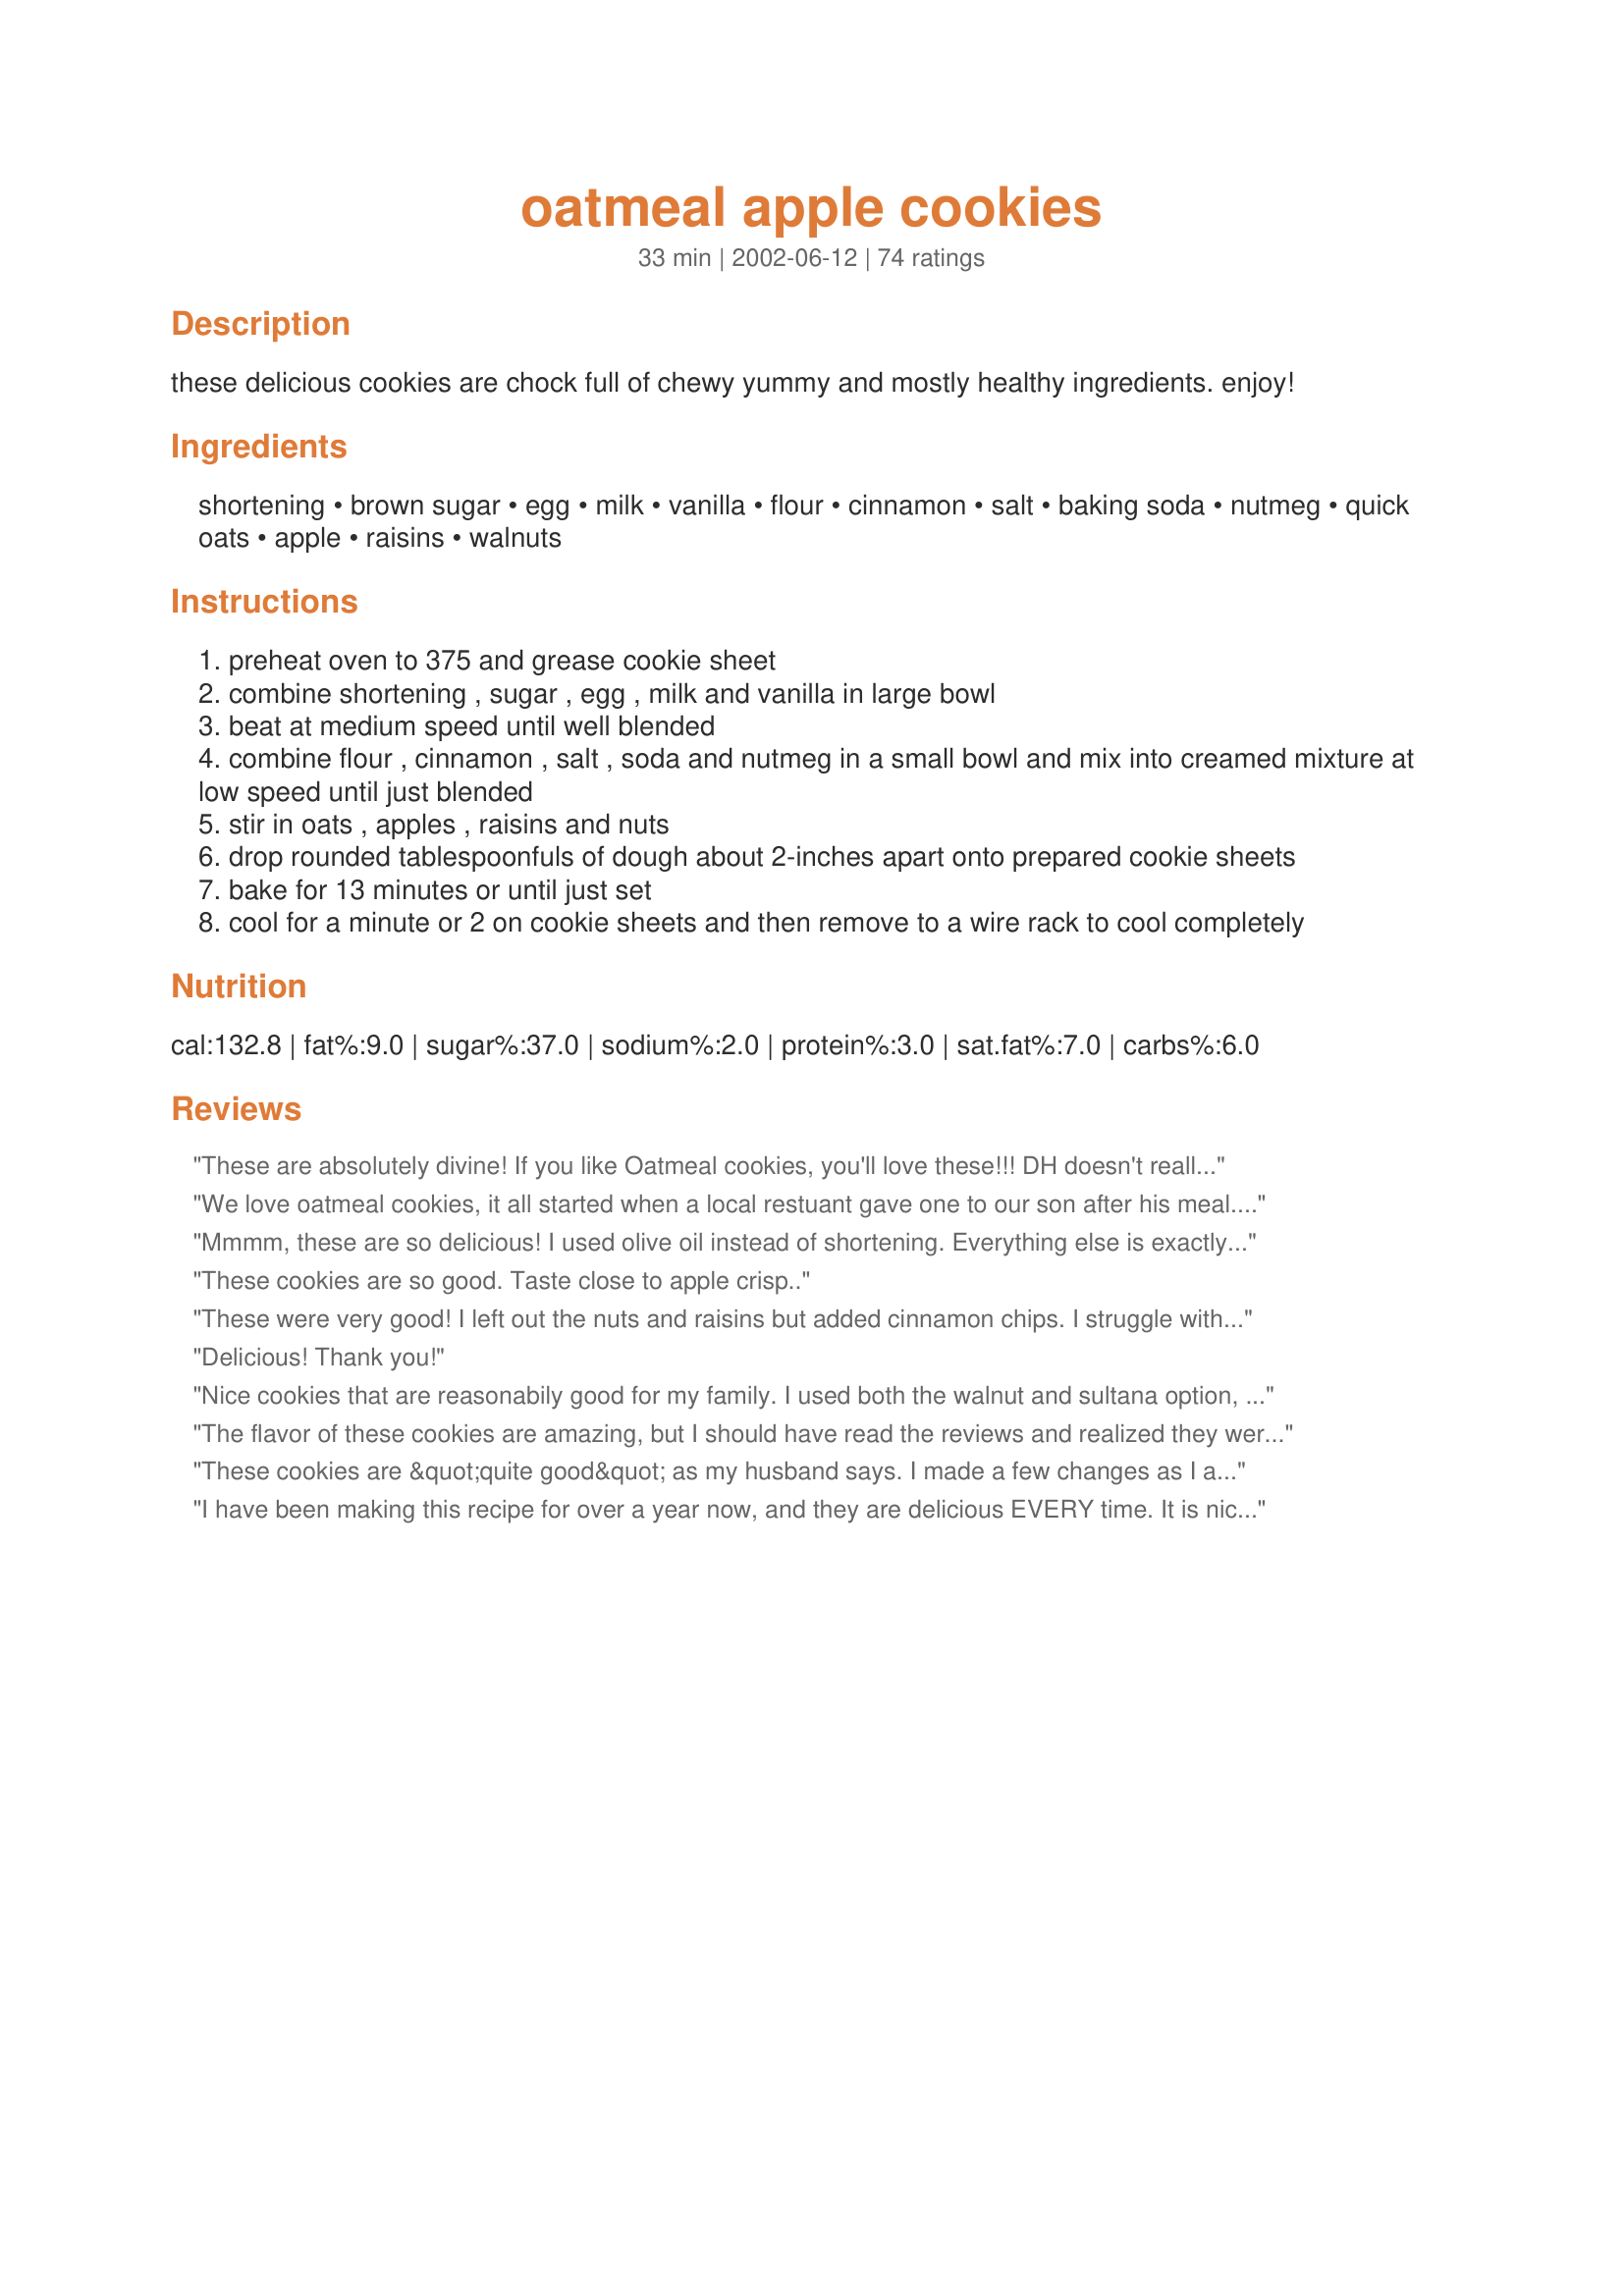
oatmeal apple cookies
Preparation time: 33 minutes

these delicious cookies are chock full of chewy yummy and mostly healthy ingredients. enjoy!

Ingredients:
shortening, brown sugar, egg, milk, vanilla, flour, cinnamon, salt, baking soda, nutmeg, quick oats, apple, raisins, walnuts

Steps:
preheat oven to 375 and grease cookie sheet
combine shortening , sugar , egg , milk and vanilla in large bowl
beat at medium speed until well blended
combine flour , cinnamon , salt , soda and nutmeg in a small bowl and mix into creamed mixture at low speed until just blended
stir in oats , apples , raisins and nuts
drop rounded tablespoonfuls of dough about 2-inches apart onto prepared cookie sheets
bake for 13 minutes or until just set
cool for a minute or 2 on cookie sheets and then remove to a wire rack to cool completely

Reviews:
These are absolutely divine! If you like Oatmeal cookies, you'll love these!!! DH doesn't really care for cooked raisins, so I left them out, but I think as well as he liked these, I'll give a few raisins a go too next time. I couldn't believe how fast these went. Within minutes after the first batch came out of the oven they were gone. They turned out soft and chewy. I used Granny Smith apples, my favorite for baking and the cookies weren't too sweet, nor the apples too tart. I thought everyone would have had their fill and I'd have some for DH's lunch tomorrow. NOT!!! Thanks for sharing a really great and healthy recipe Karen!
We love oatmeal cookies, it all started when a local restuant gave one to our son after his meal......well that started it"Mommie i want more bear cookies" after paying $$$$ too much a dozen for theirs I said what the heck i can make them. I used the recipe on the oat box, they did not taste the same!!! I made changes more of this less of that yet nothing worked. Then I tried this OOOOOOOOOOO yummmy yummy! Now i hear mommy's are better than those ol' bear cookies at the restuant YEAH!!!!! Thanks for sharing this recipe
Mmmm, these are so delicious!
I used olive oil instead of shortening. Everything else is exactly as the recipe calls for. I made them for my boyfriend's family as a thank you. I don't want to give them away! Thanks, Karen. :)
These cookies are so good. Taste close to apple crisp..
These were very good! I left out the nuts and raisins but added cinnamon chips. I struggle with baking soft cookies, mine are always hard - not these, very soft!
Delicious! Thank you!
Nice cookies that are reasonabily good for my family. I used both the walnut and sultana option, butter instead of shortening. Made over 50 cookies for me. Love the addition of the grated apple.
The flavor of these cookies are amazing, but I should have read the reviews and realized they wer more cakelike. My family liked them and they will be eaten (haha) but we prefer more of a crunchy cookie. it was a easy recipe however. thanks
These cookies are &quot;quite good&quot; as my husband says. I made a few changes as I am always tweaking recipes to make them more heart healthy. I added flaxseed, reduced the brown sugar by 1/4 cup, used homemade applesauce for 1/4 cup of the shortening and 1/4 cup of whole wheat flour. These cookies are so good I think we&#039;ll have them for breakfast!
I have been making this recipe for over a year now, and they are delicious EVERY time. It is nice to have a healthier cookie to serve my family. We love them! I did change a few things to make them even healthier and it did not affect the outcome. I use 1/2 cup butter, 1 cup brown sugar, and 1/2 flour and 1/2 cup wheat flour--these are also great even without the apples. Thank you for a wonderful recipe!
These cookies are delicious! I had never heard of a cookie with apples before, but being an apple lover I decided to give them a try, and I'm so glad I did! I also left out the raisins for dietary reasons, and they were still moist, puffy, and very flavorful. Thanks for a great recipe!
These were great Oatmeal Apple Cookies. We loved all the chewy goodness these cookies had to offer. Thanks for posting this wonderful recipe.
What a great cookie, especially for the fall season. Flavorful with ingredients on hand, usually. Will make again, in ANY season! Thanks Karen for a winner.
Holy smokes! These are delicious! These are AMAZING! Decadent. Couldn't, wouldn't change a thing.

Thanks!
This recipe is yummy. I added chocolate chips instead of raisins or nuts and it was delicious. Next time I may drizzle a little carmel sauce over them. MMMMM!
These were really, really good! Even my husband, who doesn't love oatmeal cookies AT ALL, enjoyed these. I will definitely make these again. Thanks for sharing!
My family really liked these. I subbed margarine for the shortening, left out the cinnamon and nutmeg. I added chocolate chips so they were a bit different than the original recipe. I was going to freeze some but the family ate them all. I ended up with a lot more than the 30 cookies. They did not flatten at all but they were a big hit. :-)
OMG! These were awsome! They taste like Apple Pie in a cookie! The only thing I changed was a touch more apple and only 2 cups of oatmeal. EXCELLENT!
Amazing. Fluffy and on the lighter side. I loved these. I made one change though, I used half of the shortening and added a half a cup of unsweetened applesauce. Delicious and healthier too :) I didn't put raisins or nuts in it, which made the cookie lighter. I highly recommend using applesauce or apple butter!
Fresh, fun cookie with lots of healthful punch. Used whole wheat flour, lard instead of shortening, and sucanat for half of the brown sugar. I love the crisp browned bottoms and the spice.
These are very good. I have always loved oatmeal cookies, but I have never tried making my own. Now I will NEVER buy them, and I shall just make my own. Even my boyfriend who doesn't like sweet stuff like cakes and biscuits thoroughly enjoyed this one. Thanks Karen. Followed the recipe to the T. Except I cut down on the cinnamon a little to one teaspoon cos dad doesn't fancy it much. :)
Excellent recipe, needed just 2 tweaks to make it mine: First, instead of dicing the apples, I sliced them thin and pushed them into the dough on top. Apple in every bite and VERY pretty! Sprinkled apples with cinnamon sugar when they were out. Second: I had just 5-6 candied ginger chunks in the spice jar, so I made them very, very small to give just a little hint to the batter. Excellent cookie! Want to try them with butter vs. shortening next time!
These were simply wonderful! So soft and fantastic flavor.
I love it when I can make something good for you (apples) mix with something that tastes yummy and "not so good for you". These tasted like apple cinnamon muffins. I just used sticks of butter as well, and had no problem with them spreading. Thanks for a yummy recipe!
awesome cookies! incredibly easy to make. i would add more nutmeg to mine, but that is just personal preference. also the only modification i did was to use craisins.
These were really good cookies! A great way to use up apples & oats. I used butter and old-fashioned oats, and they still turned out just fine.

Not only do my kids keep asking for more, but my husband as well! Definitely a repeat-recipe.
i was looking for a healthy but tasty cookie for my picky 16 mo old daughter. these were perfect. i used all organic ingredients and substituted whole wheat flour...omitted nuts and rasins for her but they were still very good. not too sweet but not bland. a very simple, fresh taste. great recipe.
Really tasty and fluffy, almost cake-like texture. Just the right amount of cinnamon, too. I had to substitute a little butter, as I ran out of shortening, but they still came out great; may try all butter next time...
I added ginger instead of nutmeg and it gave a gingersnap like taste. Good stuff.
First of all, I normally never rate a recipe I altered, but since I'm giving it 5 stars anyway I figure what the heck. These were really great! Instead of the trans fatty shortening (eww!) I used 1 stick of unsalted butter and 1/2 cup of homemade apple butter. The reason I went this route is because I was really looking for a recipe that had apples and apple butter in it, but I couldn't find one. At first I thought that I would cut out part of the sugar and cinnamon because of the apple butter, but it ended up being bland without it (most likely due to the reduced fat), so I ended up adding all of it at the end anyway. I followed the recipe as is other than that and they turned out great! I reccommend the walnuts and walnuts most definitely:)
What a wonderful and easy recipe, thanks for sharing. Cookies were gobbled up really fast.
Oh my gosh, these are the best oatmeal cookies! I cannot keep my hands off of them! I love oatmeal raisin cookies, but these are the best ones I've made so far. They are just the right texture, not too crunchy, but not too soft and the taste is sooo delicious! Thank you! I will be making these all year, not just for holidays.
Delicious! I have made these cookies several times in the past few months (the first time on my first date with my boyfriend, who loved them!). I also didn't use raisins, and the apples added a wonderful texture and flavor. A great way to use the leftover apples no one wants to eat, but are still good for cooking with. Thanks for a great, yummy recipe.
Yummy! Healthy too! What more can you ask for? It was easy to make. I followed the recipe as directed. Thank you for sharing it.
I made these to include with my first Christmas cookie baskets. Reviews are raving about how good they are. I did sub the shortening and that may be my shortcoming. They turned out so bland that we had to douse them in peanut butter. Even then, they're barely "good". I subbed half and half of apple sauce and olive oil instead of the shortening. One viewer said they used apple butter and I searched online to see if that'd work. I found out it would. It made A LOT of cookies too. I have so much left over, I can feel the pounds come on... <br/>So diced apples were gala for me. They are chewy.
I really loved these cookies! I was unsure about the apples in them, but they really turned out fantastic. I put both the walnuts and the raisins in mine. These are definately now on my favorite cookie list!
with no tweaking at all..these were so good..i did get about 48 as i made them smaller..hubby and i eat healthy enough so 1 or 2 a night with tea and with the shortening s not a disaster to our arteries..lol..ty for a lovely soft and chewy cookie..hggzz
Tasted really good. Absolutely perfect texture. Great cookies!
Very good recipe. Turned out soft on the inside, chewy on the outside. I froze half the batch and just baked them and they are actually better now! Thanks for the great recipe!
These cookies are delicious! I made this recipe exactly as written... though we use non-hydrogenated shortening to avoid the trans fats and I'm not sure if that would make a difference. I also lined my cookie sheet with parchment so that greasing the sheet wasn't necessary. These turned out moist, chewy and very tasty. Mine didn't seem to have the troubles other reviewers mentioned. The only exception is that if you try to sneak one while too warm they do fall apart. If you wait until well cooled they stay together just fine. I should note that I pulled the sheet of parchment (with the cookies on them) off the cookie sheet to cool. Thanks, Karen for a great recipe!
These are delicious! I was looking for a different kind of oatmeal cookie and this recipe was the big winner. I usually follow the recipe exactly but sometimes I substitute white chocolate chips for the nuts...Yum! Thanks, Karen, for posting. These are a big hit in my house.
10 Stars..I tried this recipe to avoid wasting some extra apples. What a wonderful surprise. These are GREAT! What a nice change from chocolate chip cookies. I exchanged the flour with whole grain flour which gave them a light but hearty texture. These did not last 24 hours. Next time I will add more diced apples and walnuts. Thanks!
I wanted a soft, moist oatmeal cookie and this recipe was just what I was looking for. I made a few revisions, though, because I made these on a whim and didn't have all the ingredients. I left out the raisins, nutmeg and nuts; I also had no apple but did have unsweetened applesauce, so I added about 3/4 cup. Then I decreased the shortening to about 1/2 cup. I'll be sure to try them in the future as written, but they still turned out soft and flavorful with the revisions. They reminded me a little of apple flavored oatmeal. Loved them!
Excellent cookie! Soft in the middle, even a few days later, and the taste was just phenomenal! Thank you for sharing such a tasty cookie!
The first time I made this recipe, my husband announced that it was his new favorite! It reminded me a little bit of spice cake. The recipe was very easy to follow, as well.

I did change the recipe a bit. I used olive oil instead of shortening (it is what I normally have on hand), added a touch more flour, and didn't use raisins. I used dried cranberries instead, and it definitely was a delicious flavor combination.

Thanks for the recipe!
These cookies are good. I gave it 4 stars because I was looking for more chewy texture, maybe it could be achieved by substituting 1 cup quick oats for 1 cup whole oats.
Healthy and Yummy. My boys love these cookies and there isn't even any chocolate! I made the recipe as is with no raisins or nuts. I had to add extra flour (about 3/4 cup) since the batter was too sticky (it's humid in this city)
These were different and delicious. I don't care for raisins so substituted w/dried apricots. Turned out great!
These were a wonderful variation on oatmeal cookies. We used Craisins instead of raisins as most people in our family don't like raisins. We also used chopped pecans instead of walnuts as that is what we had on hand. Everyone loved these!
This has to be one of the most versatile recipes I have ever found. At last, I can eat cookies again! I used brown rice flour, two egg whites, substituted vegetable spread for shortening, and replaced the brown sugar with 3/4 cup brown rice flour and 1/2 cup finely ground raisins, and it still turned out wonderfully- though probably not as good as the original.
What a mess these cookies are! 1/4 tsp. of baking soda is NOT enough leavening. They came out flat, spread a lot, and cooked together. I can barely get them off the cookie sheet - they are all breaking! Ugh!

Sorry will never make again.
mmm delicious! i also chose craisins, added allspice, used egg substitute, and little extra flour. they turned out so plump. chewy inside and toasty outside. thx!
When my daughter ask what kind of cookies I was making, I told her Oatmeal Apple. She declared she hated oatmeal cookies. Guess what? Now I'm having to shoo her away from the cookie jar because she can't keep her paws off these! Added bonus: the house smells fantastic!
So soft and chewy! I added chocolate sprinkles on top, which added just enough chocolate flavoring as to not overpower the cookie with so many ingredients. I also left out the walnuts.
This was my very first successful oatmeal cookie! (and that says something, I've been trying to make them for 10 yrs!) They were so chewy and yummy. I got 36 medium cookies on the nose out of it. I had one cookie come out with no apple in it, it was just as good. Thx for the great recipe Karen, this is the only oatmeal cookie recipe I'm ever gonna use!
Very good cookies. I added chocolate chips instead of the raisins (my boys like anything with chocolate chips!). I found I had to press down the cookies before baking them so they would spread, though.??
I brought this to a dance and everyone enjoyed this cookie. I used 1/2 cup butter, 3/4 cup brown sugar and two cups oats. Otherwise followed as written. 3/4 cup sugar made them plenty sweet for our taste.
I needed some cookies for our sack lunches this week and was in the mood for a nice, fall-like cookie and came upon your recipe. Came together in a flash; decreased oil to 1/2 c and still had to add 1 additional cup of flour to get the cookies to even come together enough to bake. Baked up right at 11 minutes; are nice an moist and very hearty. More of an oatmeal cookie taste, apple and cinnamon a very subtle so I may increase both of those next time and sub part of the oil for applesauce. Thanks for posting a nice fall cookie recipe!
I made them 3 days ago and they are all gone! So good and chewy and were amazing! Several friends asked for the recipe! Thanks
The family just loved these cookies .I made them with raisins and walnuts in them. They went fast. Had to adjust my oven temp because first batch come out a little dark. Otherwise very good recipe.
I?d attempted soft and chewy Oatmeal cookies in the past with disastrous results. Your recipes was so easy to follow. The only tweak I made was adding a teaspoon of Rum Flavoring to my fresh apples before adding them. These are the most delicious cookies I?ve ever had. My son is visiting and just asked if I?d make another batch for him to take home this week-end. Thank You so much
These are exactly as I hoped they would be - soft, chewy, moist, with just the right amount of sweetness - sooo good! I will definitely be making these again.
These are amazing! Didn't use the raisins,nuts or nutmeg. Also had to use self-rising flour. These are so easy to stir up and so good. Even my three kids loved them! Next time I am going to add white chocolate chips to see if that would be good!
I just made this recipe today and it was absolutely delicious! My entire family gobbled them up so fast. They're usually not even a big fan of cookies, but they seem to really love this one! The fact that they were bite-size made them all the more adorable and desirable. Thanks for much for this delicious recipe!
These are great. Will make them again for sure.
Wow! These taste like little apple pies! I used white chocolate chips instead of the raisins. Absolutely, totally delicious! Thanks for the great recipe.
These cookies were wonderful!!!
We have always enjoyed a cakey cookie at our house and these cookies fit that bill to a TEE. The flavors blended just right to give this cookie excellent taste. I am very glad we doubled the recipe the first time or I am sure we would be mixing up another batch again. 
Thanks for sharing a super recipe!
I used butter-flavored shortening, old fashioned oats and a little more than a cup of grated apple. No nutmeg, raisins, or nuts. The kids are gobbling them up as I type.
Super Great cookies! I did change 2 things 1 is I used vegetable oil and the second was I used Craisins in stead of the raisins. Will keep this and make again and again! Thanks for posting!!!!!!
Very easy and tasty. I didn't add anything but apples. Next time I'll try nuts. the only thing that I will change is the amount of sugar. The cookies are a bit too sweet for me.
These cookies were delicious! I made a few changes when I made them. I doubled the recipe and used 3/4 cup shortening and 3/4 cup butter instead of 1 and a half cups shortening (because I like the flavor of butter). I doubled the amount of baking soda because i thought it needed more (and I';m glad I did!) I left out the walnuts but I kept the raisins. 13 minutes was just the right amount of baking time! They were perfect!
Delicious, especially when you hit a bite of apple.
These cookies are so good! I took some to work and they want to know when I'm bringing more! Thanks.

Edited to add: I've made these cookies so many times that I had to post a picture! :)
moist, chewey, and flavorful. The whole batch was gone in less than 24 hours.
